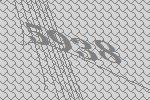
5938